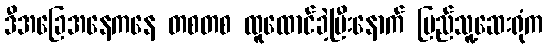
ဒီအခြေအနေကနေ တစတစ ထူထောင်ခဲ့ပြီးနောက် ပြည်သူ့ဆေးရုံက